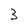
Character: 3